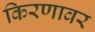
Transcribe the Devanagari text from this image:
किरणावर